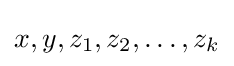
x,y,z_{1},z_{2},\dots ,z_{k}